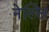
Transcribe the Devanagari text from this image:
नेल्लि